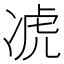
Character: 𪞣